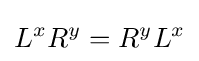
L^{x}R^{y}=R^{y}L^{x}